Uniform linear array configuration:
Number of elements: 32
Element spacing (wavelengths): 0.5
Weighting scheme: cosine
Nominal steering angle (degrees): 15
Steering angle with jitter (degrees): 14.659
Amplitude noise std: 0.05
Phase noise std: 0.05

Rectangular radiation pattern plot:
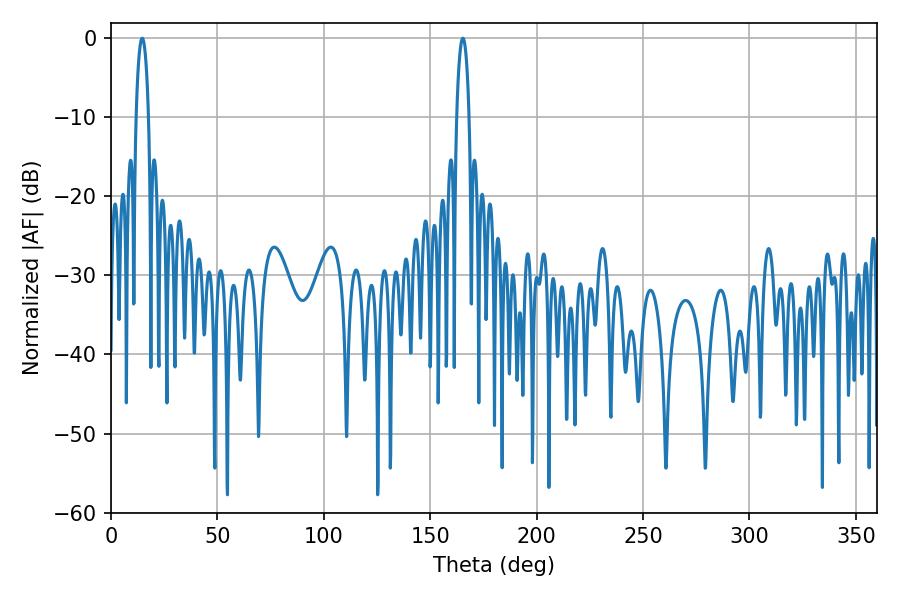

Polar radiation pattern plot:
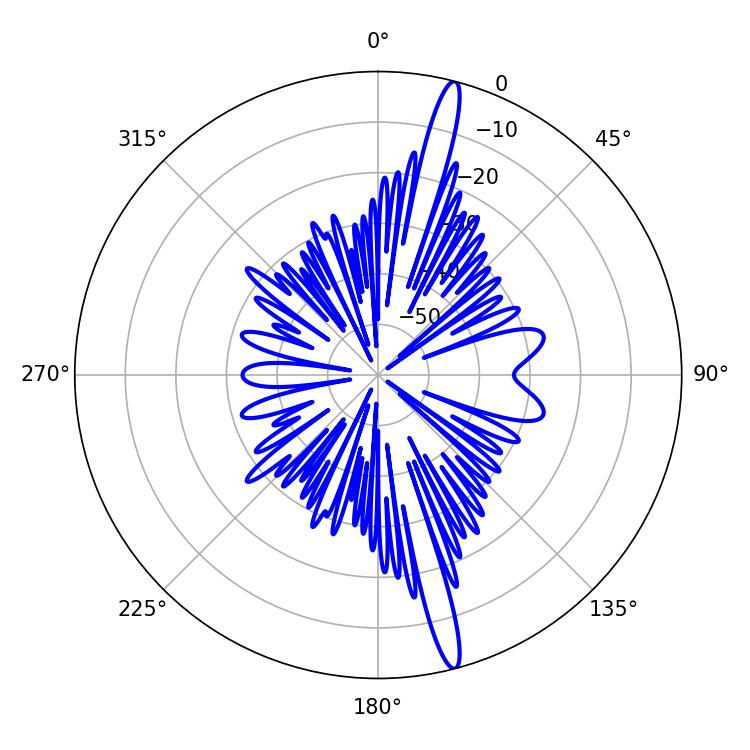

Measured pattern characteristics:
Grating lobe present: FALSE
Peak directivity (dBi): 17.764
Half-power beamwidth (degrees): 3.42
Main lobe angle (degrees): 14.58